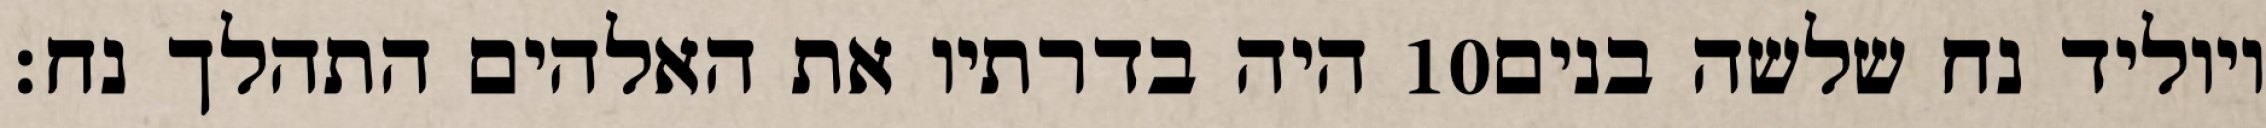
היה בדרתיו את האלהים התהלך נח׃ ‎10‏ ויוליד נח שלשה בנים